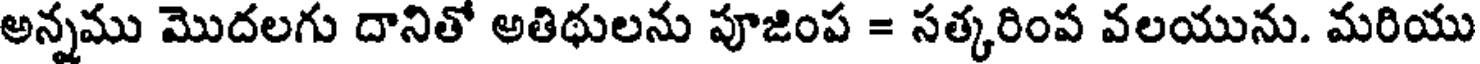
అన్నము మొదలగు దానితో అతిథులను పూజింప = సత్కరింప వలయును. మరియు